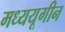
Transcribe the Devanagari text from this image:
मध्ययूगीन